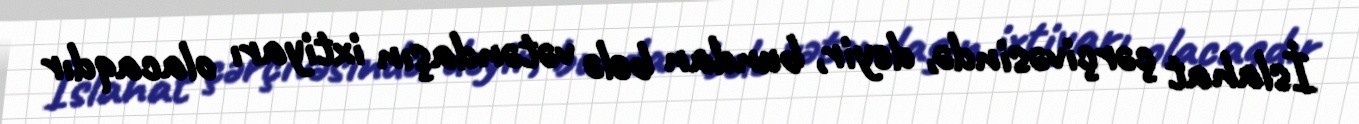
İslahat çərçivəsində, deyir, bundan belə vətəndaşın ixtiyarı olacaqdır